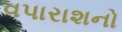
વપારાશનો